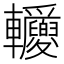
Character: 𨐂